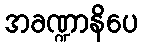
အခဏ္ဍာနိပေ